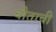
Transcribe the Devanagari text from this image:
चीताची